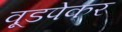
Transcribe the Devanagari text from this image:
वूडपेकर